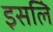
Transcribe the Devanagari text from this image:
इसलिे